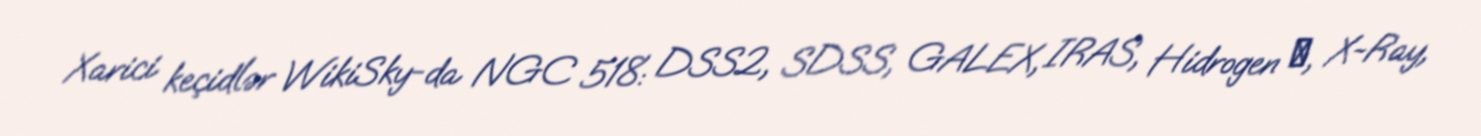
Xarici keçidlər WikiSky-da NGC 518: DSS2, SDSS, GALEX, IRAS, Hidrogen α, X-Ray,